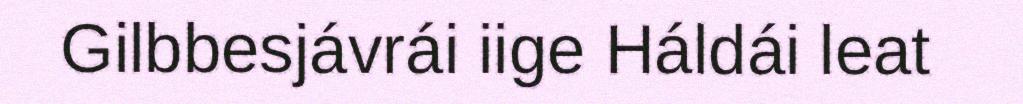
Gilbbesjávrái iige Háldái leat